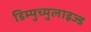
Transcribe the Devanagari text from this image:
डिम्युच्युलाइज्ड